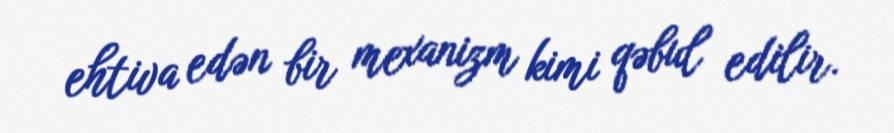
ehtiva edən bir mexanizm kimi qəbul edilir.